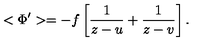
< \Phi ^ { \prime } > = - f \left[ \frac { 1 } { z - u } + \frac { 1 } { z - v } \right] .